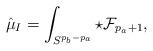
LaTeX: \begin{align*}\hat{\mu}_I=\int_{S^{p_b-p_a}}\star{\cal F}_{p_a+1}, \end{align*}